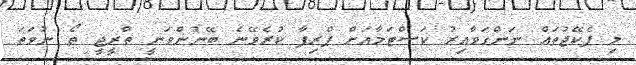
މި ޕެކޭޖުތައް ނަންގަވާއިރު ކަސްޓަމާއަށް ޕްރިފާ ކުރެވޭނެ ބޭނުންވަނީ ތްރީޖީ ތޯ ނުވަތަ